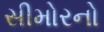
સીમોરનો